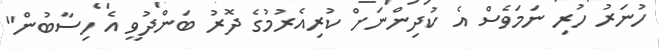
ހުނަރު ހުރި ނަމަވެސް އެ ކުދިންނަށް ކުރިއެރުމުގެ ދޮރު ބަންދުވީ އެ ހިސާބުން"